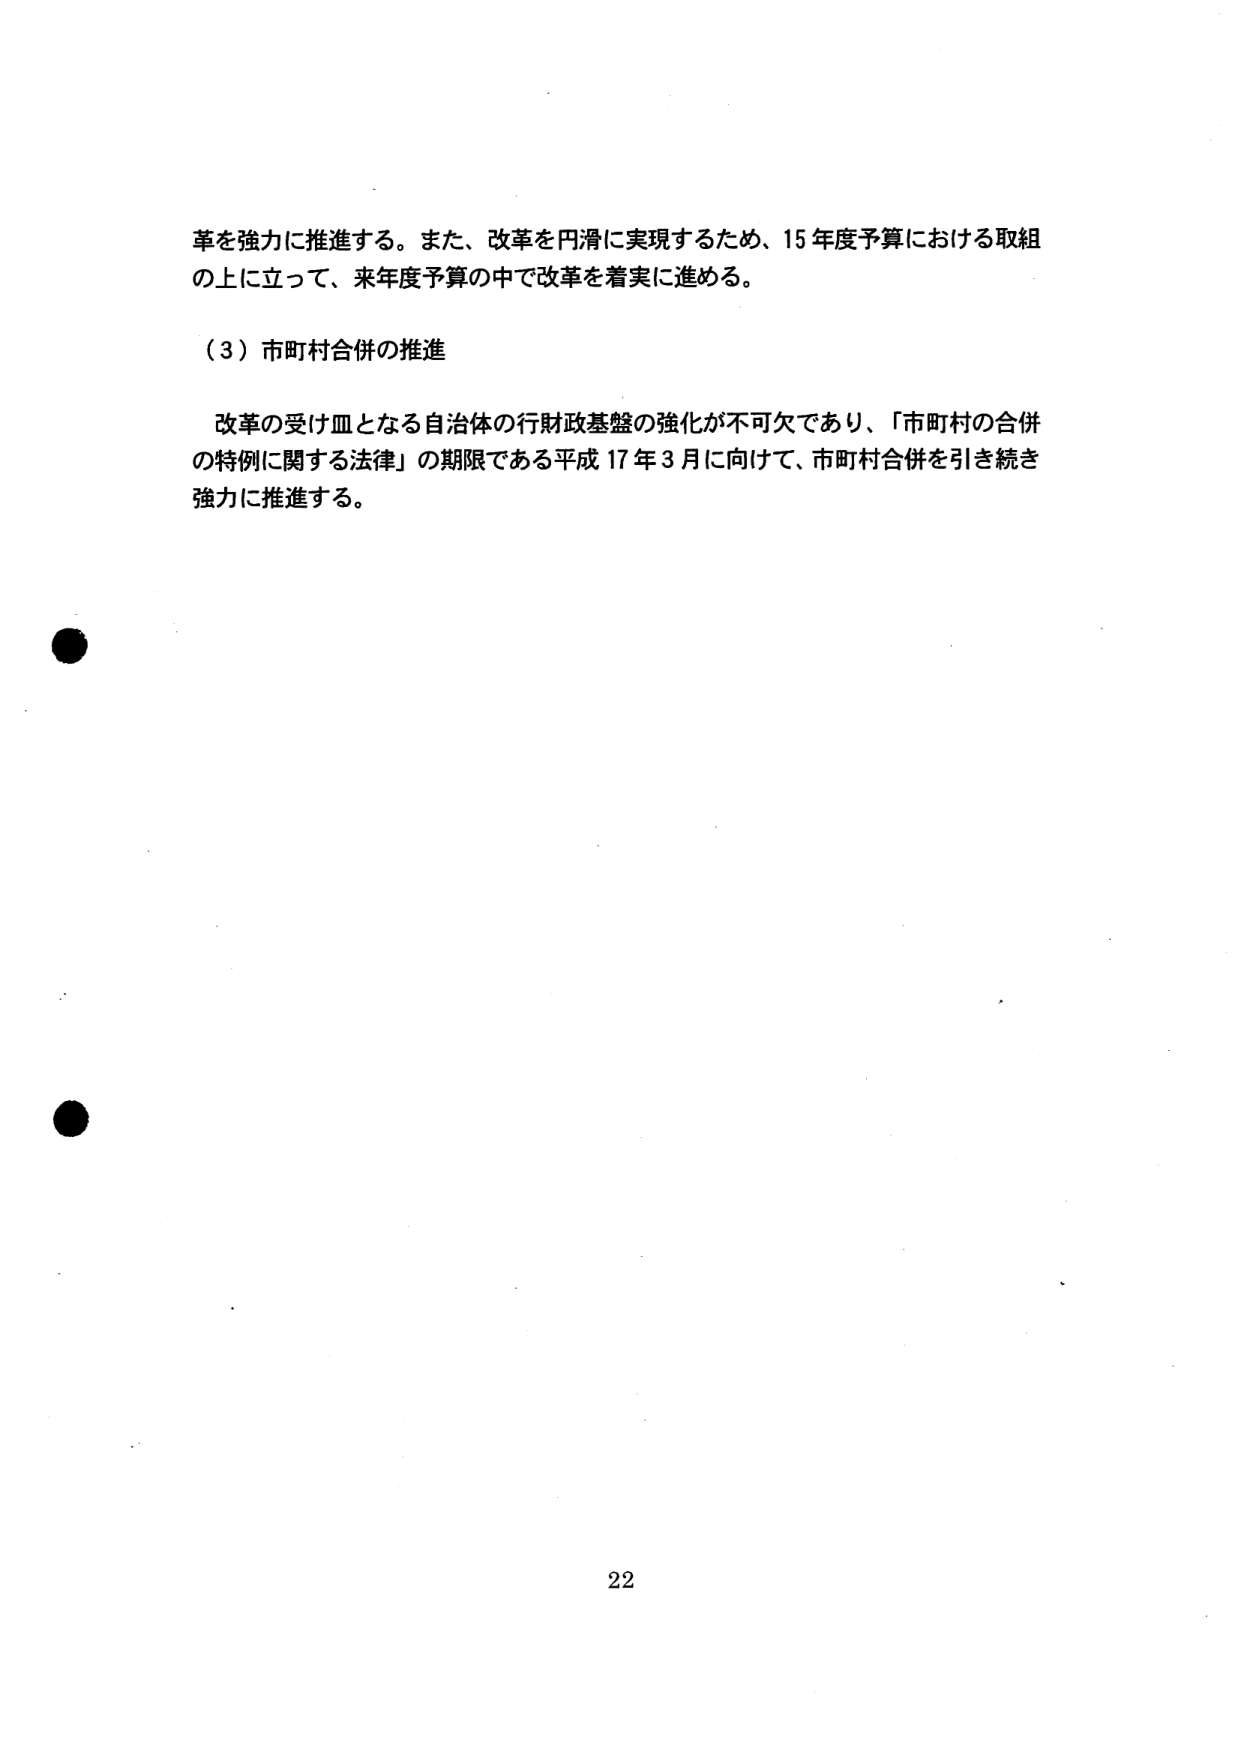
革を強力に推進する。また、改革を円滑に実現するため、15年度予算における取組の上に立って、来年度予算の中で改革を着実に進める。

（3）市町村合併の推進

改革の受け皿となる自治体の行財政基盤の強化が不可欠であり、「市町村の合併の特例に関する法律」の期限である平成17年3月に向けて、市町村合併を引き続き強力に推進する。

22